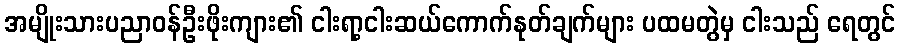
အမျိုးသားပညာဝန်ဦးဖိုးကျား၏ ငါးရာ့ငါးဆယ်ကောက်နုတ်ချက်များ ပထမတွဲမှ ငါးသည် ရေတွင်